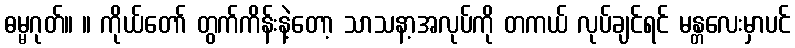
ဓမ္မဂုတ်။ ။ ကိုယ်တော် တွက်ကိန်းနဲ့တော့ သာသနာ့အလုပ်ကို တကယ် လုပ်ချင်ရင် မန္တလေးမှာပင်